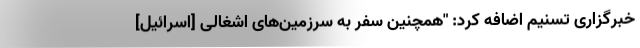
خبرگزاری تسنیم اضافه کرد: "همچنین سفر به سرزمین‌های اشغالی [اسرائیل]